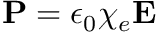
\mathbf { P } = \epsilon _ { 0 } \chi _ { e } \mathbf { E }